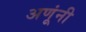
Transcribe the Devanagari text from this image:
अणूंनी